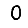
Digit: 0